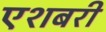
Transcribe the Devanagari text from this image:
एशबरी